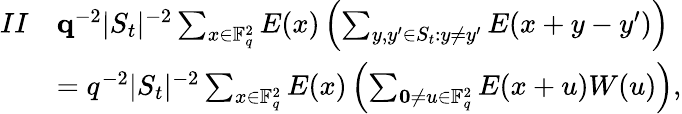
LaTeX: \begin{array}{rl}{II}&{\le q^{-2}|S_{t}|^{-2}\sum_{x\in\mathbb F_{q}^{2}}E(x)\left(\sum_{y,y^{\prime}\in S_{t}:y\ne y^{\prime}}E(x+y-y^{\prime})\right)}\\ &{=q^{-2}|S_{t}|^{-2}\sum_{x\in\mathbb F_{q}^{2}}E(x)\left(\sum_{\mathbf{0}\ne u\in\mathbb F_{q}^{2}}E(x+u)W(u)\right),}\end{array}